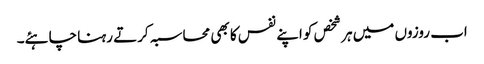
اب روزوں میں ہر شخص کو اپنے نفس کا بھی محاسبہ کرتے رہنا چاہئے۔